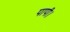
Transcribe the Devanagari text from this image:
पापी।